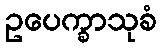
ဥပေက္ခာသုခံ